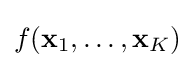
f(\mathbf {x} _{1},\dots ,\mathbf {x} _{K})